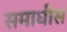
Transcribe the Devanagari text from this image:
समाधीस